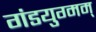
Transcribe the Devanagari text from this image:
गंडयुग्मम्